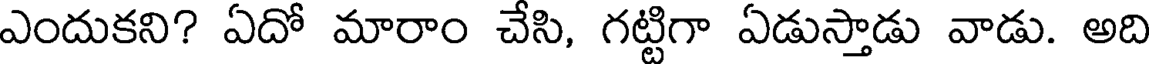
ఎందుకని? ఏదో మారాం చేసి, గట్టిగా ఏడుస్తాడు వాడు. అది